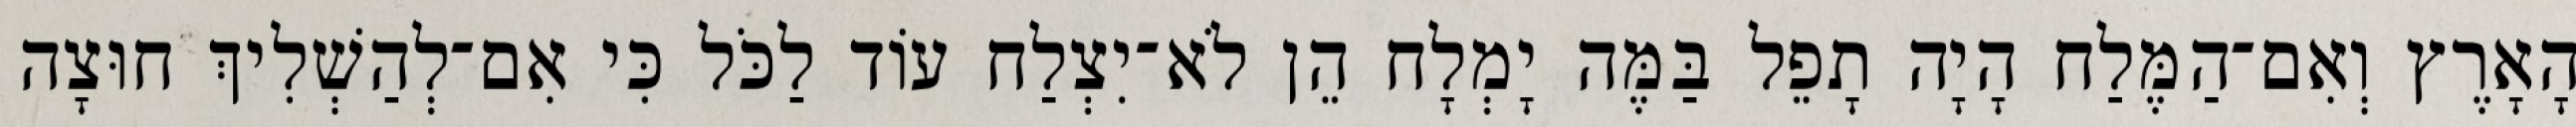
הָאָרֶץ וְאִם־הַמֶּלַח הָיָה תָפֵל בַּמֶּה יָמְלָח הֵן לֹא־יִצְלַח עוֹד לַכֹּל כִּי אִם־לְהַשְׁלִיךְ חוּצָה